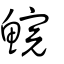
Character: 鯇